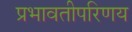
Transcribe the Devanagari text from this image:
प्रभावतीपरिणय